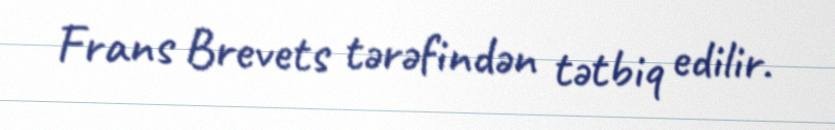
Frans Brevets tərəfindən tətbiq edilir.